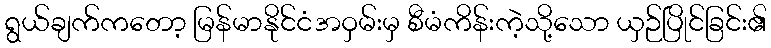
ရွယ်ချက်ကတော့ မြန်မာနိုင်ငံအဝှမ်းမှ စီမံကိန်းကဲ့သို့သော ယှဉ်ပြိုင်ခြင်း၏